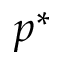
p ^ { * }